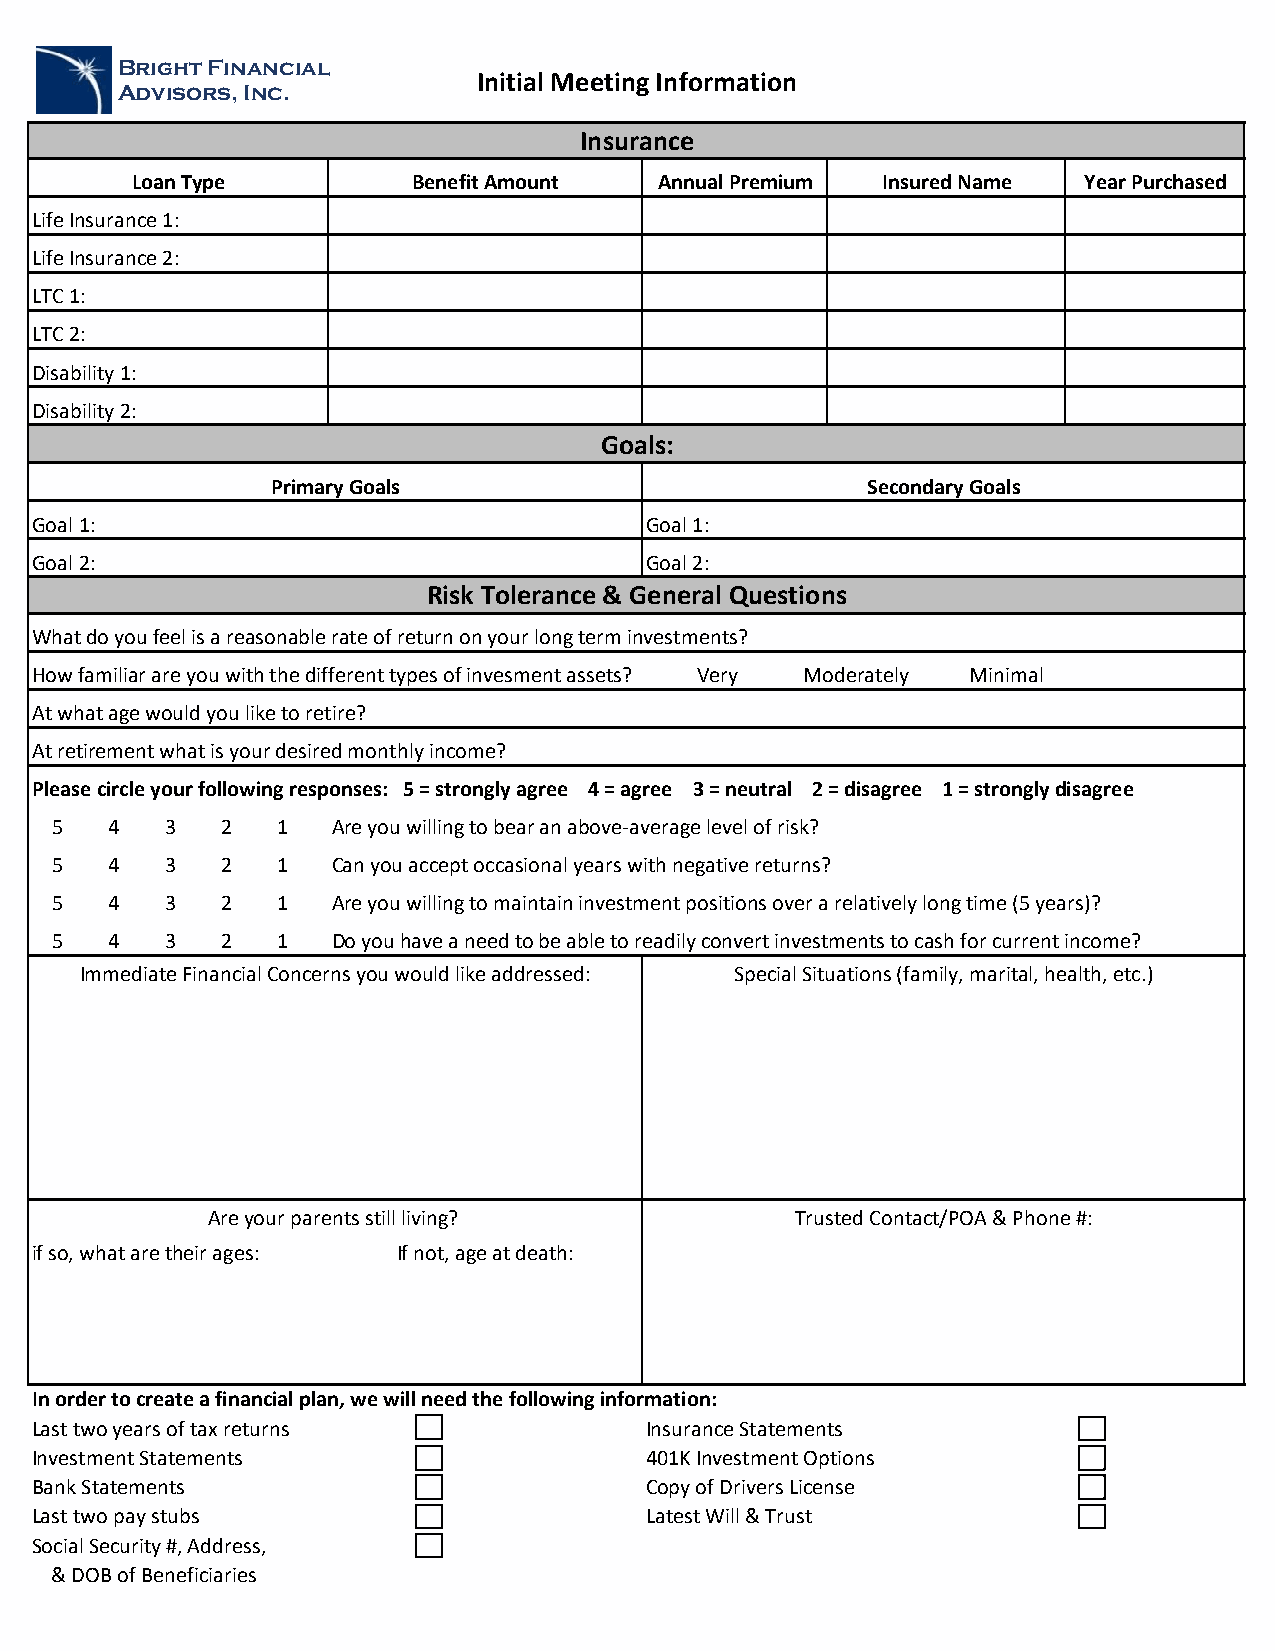
Bright Financial
 Initial Meeting Information
 Advisors, Inc.
 Insurance
 Loan Type         Benefit Amount   Annual Premium Insured Name Year Purchased
 Life Insurance 1:
 Life Insurance 2:
 LTC 1:
 LTC 2:
 Disability 1:
 Disability 2:
 Goals:
 Primary Goals                          Secondary Goals
 Goal 1:                                  Goal 1:
 Goal 2:                                  Goal 2:
 Risk Tolerance & General Questions
 What do you feel is a reasonable rate of return on your long term investments?
 How familiar are you with the different types of invesment assets? Very Moderately Minimal
 At what age would you like to retire?
 At retirement what is your desired monthly income?
 Please circle your following responses: 5 = strongly agree 4 = agree 3 = neutral 2 = disagree 1 = strongly disagree
 5   4   3   2  1   Are you willing to bear an above-average level of risk?
 5   4   3   2  1   Can you accept occasional years with negative returns?
 5   4   3   2  1   Are you willing to maintain investment positions over a relatively long time (5 years)?
 5   4   3   2  1   Do you have a need to be able to readily convert investments to cash for current income?
 Immediate Financial Concerns you would like addressed: Special Situations (family, marital, health, etc.)
 Are your parents still living?         Trusted Contact/POA & Phone #:
 if so, what are their ages: If not, age at death:
 In order to create a financial plan, we will need the following information:
 Last two years of tax returns            Insurance Statements
 Investment Statements                    401K Investment Options
 Bank Statements                          Copy of Drivers License
 Last two pay stubs                       Latest Will & Trust
 Social Security #, Address,
 & DOB of Beneficiaries